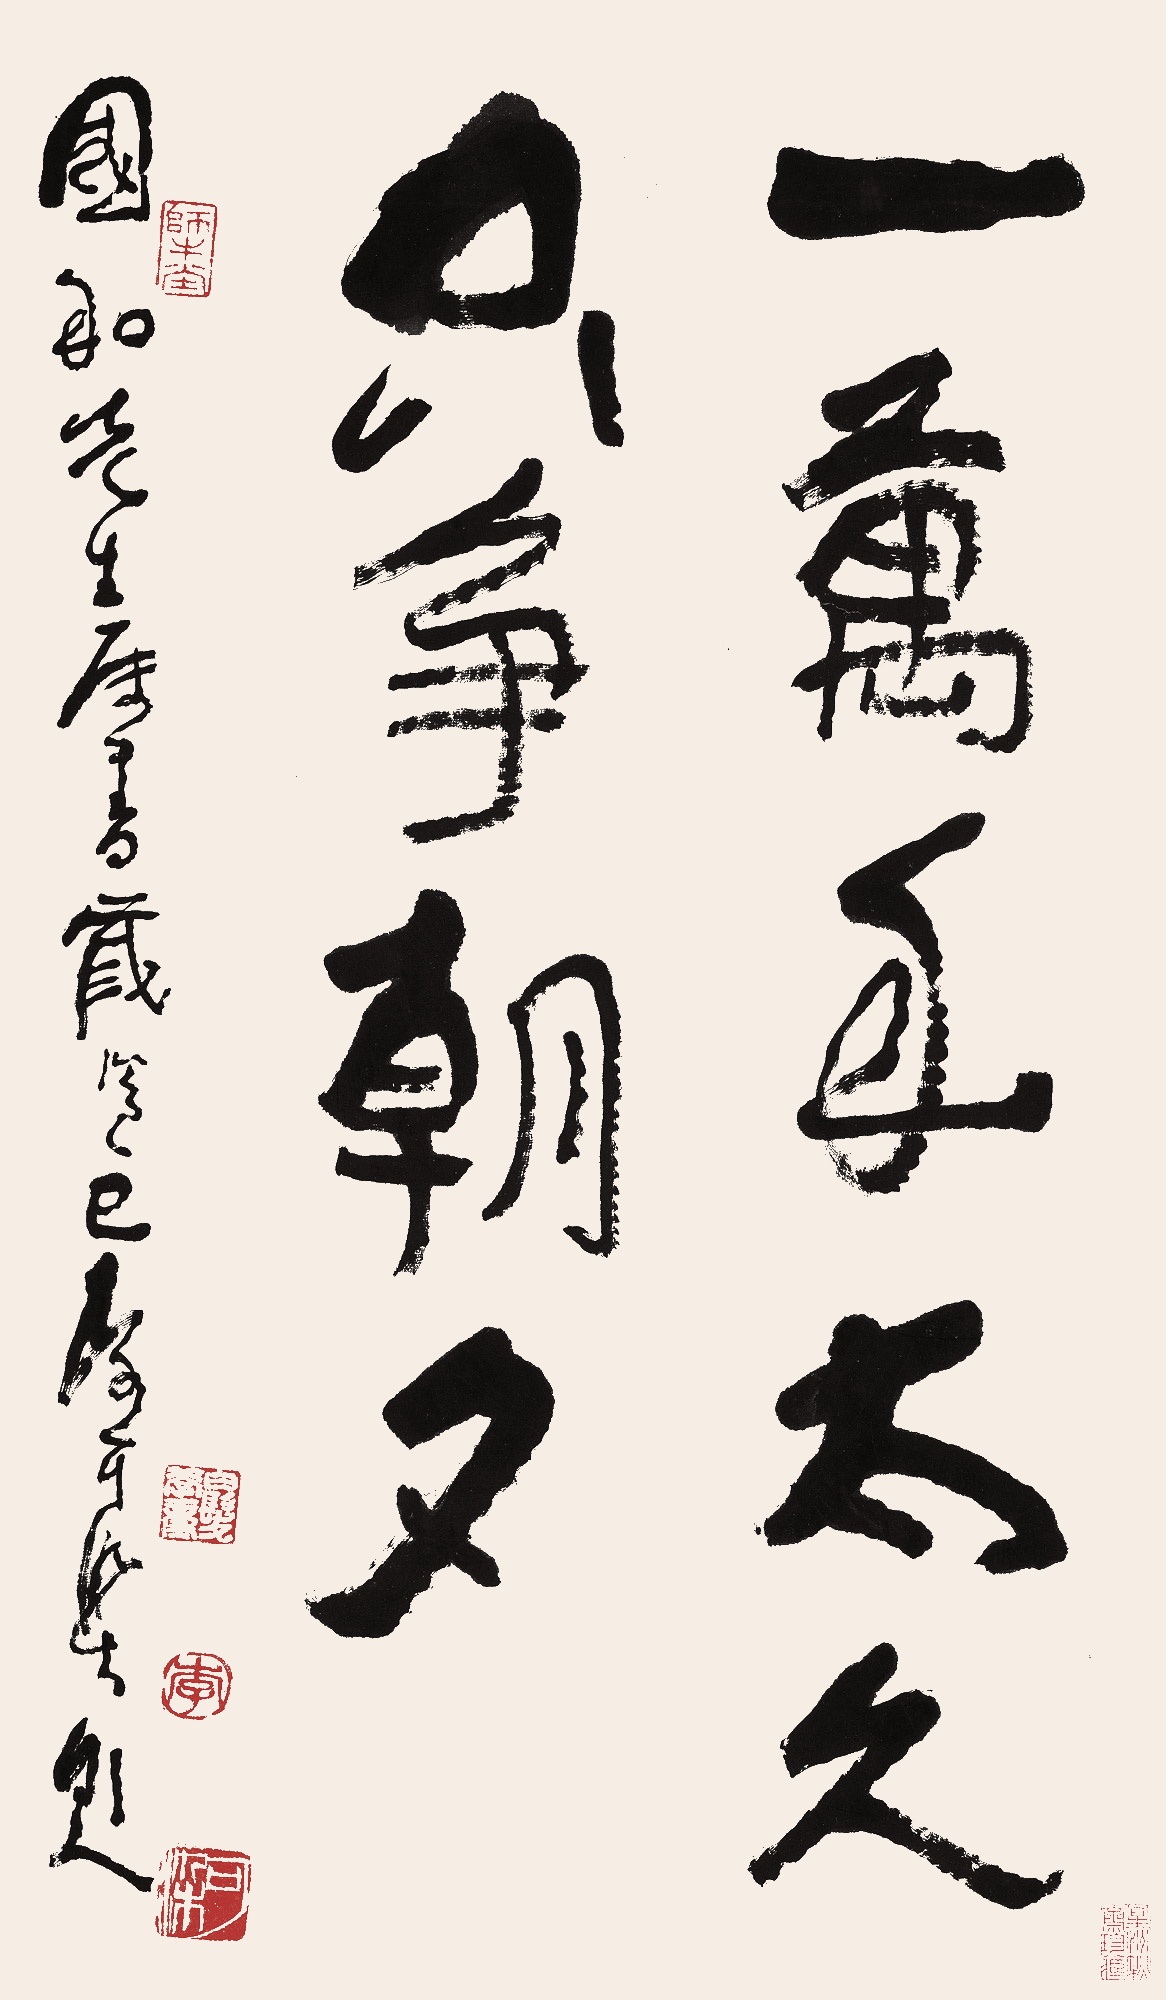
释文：一万年太久，只争朝夕。国和先生属书。岁次己巳，李可染题。